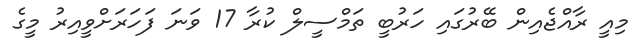
މިއީ ރާއްޖެއިން ބޭރުގައި ހަރުބީ ތަމްސީލް ކުރާ 17 ވަނަ ފަހަރަށްވީއިރު މީގެ